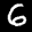
Label: 6